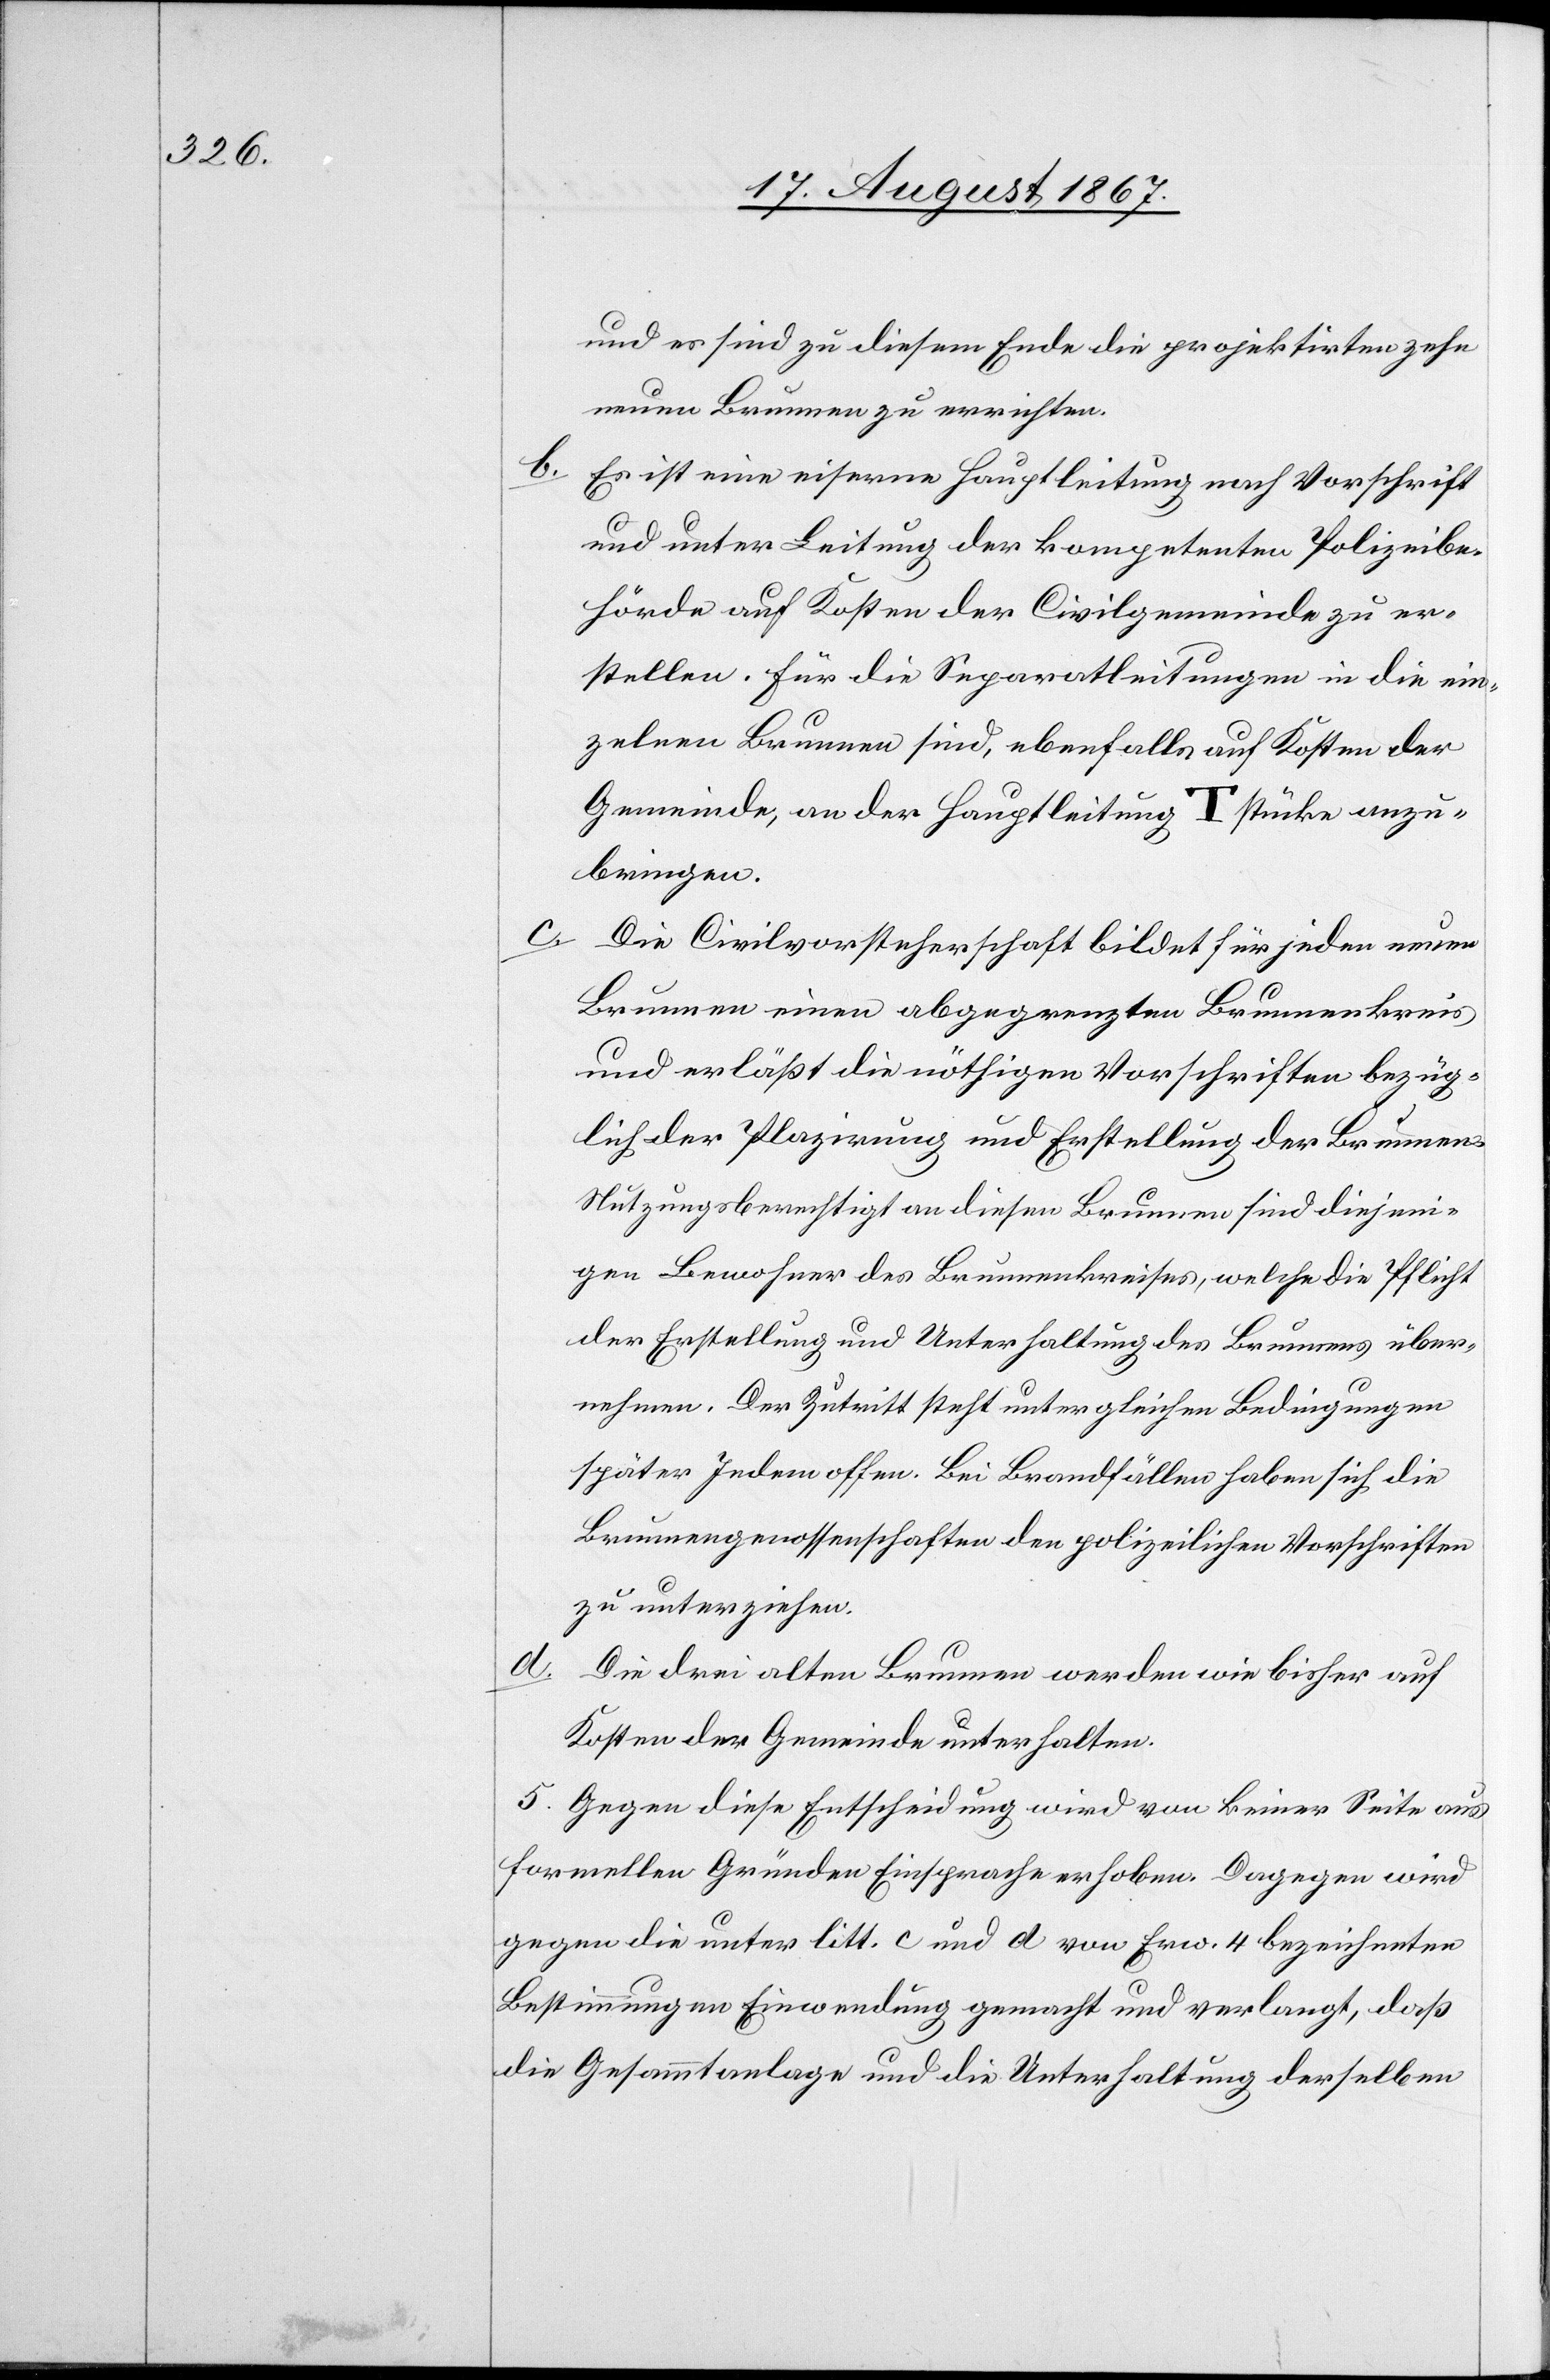
und es sind zu diesem Ende die projektirten zehn
neuen Brunnen zu errichten.
b. Es ist eine eiserne Hauptleitung nach Vorschrift
und unter Leitung der kompetenten Polizeibe¬
hörde auf Kosten der Civilgemeinde zu er¬
stellen. Für die Separatleitungen in die ein¬
zelnen Brunnen sind, ebenfalls auf Kosten der
Gemeinde, an der Hauptleitung Tstücke anzu¬
bringen.
Die Civilvorsteherschaft bildet für jeden neuen
Brunnen einen abgegrenzten Brunnenkreis
und erläßt die nöthigen Vorschriften bezüg¬
lich der Plazirung und Erstellung der Brunnen.
Nutzungsberechtigt an diesen Brunnen sind diejeni¬
gen Bewohner des Brunnenkreises, welche die Pflicht
der Erstellung und Unterhaltung des Brunnens über¬
nehmen. Der Zutritt steht unter gleichen Bedingungen
später Jedem offen. Bei Brandfällen haben sich die
Brunnengenossenschaften den polizeilichen Vorschriften
zu unterziehen.
d.
Die drei alten Brunnen werden wie bisher auf
Kosten der Gemeinde unterhalten.
5. Gegen diese Entscheidung wird von keiner Seite aus
formellen Gründen Einsprache erhoben. Dagegen wird
gegen die unter litt. c und d von Erw. 4 bezeichneten
Bestimmungen Einwendung gemacht und verlangt, daß
die Gesammtanlage und die Unterhaltung derselben